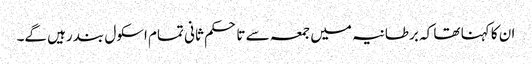
ان کا کہنا تھا کہ برطانیہ میں جمعہ سے تا حکم ثانی تمام اسکول بند رہیں گے۔